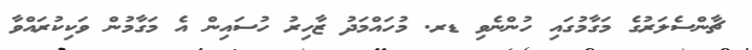
ޗާންސެލަރުގެ މަގާމުގައި ހުންނެވި ޑރ. މުހައްމަދު ޒާހިރު ހުސައިން އެ މަގާމުން ވަކިކުރައްވާ